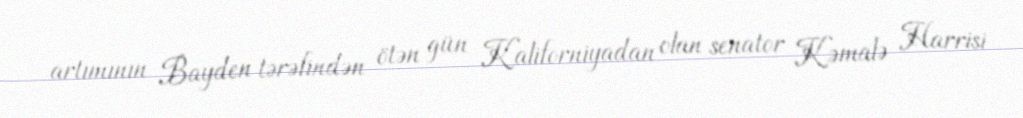
artımının Bayden tərəfindən ötən gün Kaliforniyadan olan senator Kəmalə Harrisi